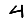
Digit: 4